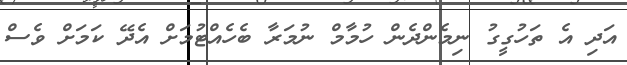
އަދި އެ ތަހުގީގު ނިމެންދެން ހުމާމް ނުމަރާ ބެހެއްޓުމަށް އެދޭ ކަމަށް ވެސް